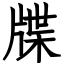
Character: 牒